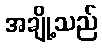
အချို့သည်